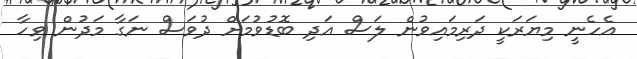
އެހެނީ މިޔަރަކީ ދަރިމައިވުން ލަސް އަދި ބޮޑުވުމަށް ދުވަސް ނަގާ މަދުން ވިހާ